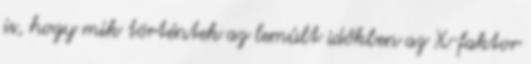
is, hogy mik történtek az lemúlt időkben az X-faktor